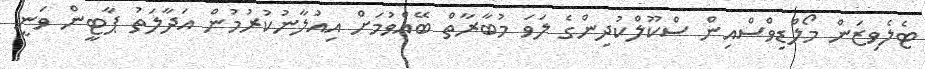
ޓެލެވިޒަން މޯލްޑިވްސްއިން ސްކޫލްކުދިންގެ ލަވަ މުބާރާތް ބޭއްވުމަށް އިއުލާނުކުރުމުން އަދާލަތު ޕާޓީން ވަނީ